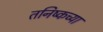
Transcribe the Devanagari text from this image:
तनिष्कच्या